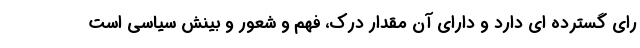
رای گسترده ای دارد و دارای آن مقدار درک، فهم و شعور و بینش سیاسی است